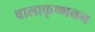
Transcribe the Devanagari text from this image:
बालाकृष्णनन